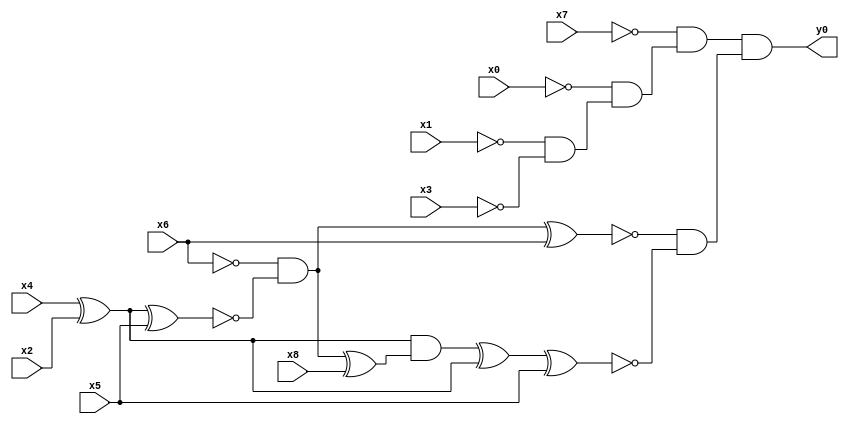
module top( x0 , x1 , x2 , x3 , x4 , x5 , x6 , x7 , x8 , y0 );
  input x0 , x1 , x2 , x3 , x4 , x5 , x6 , x7 , x8 ;
  output y0 ;
  wire n10 , n11 , n12 , n13 , n14 , n15 , n16 , n17 , n18 , n19 , n20 , n21 , n22 ;
  assign n10 = ~x1 & ~x3 ;
  assign n11 = ~x0 & n10 ;
  assign n12 = ~x7 & n11 ;
  assign n13 = x4 ^ x2 ;
  assign n14 = n13 ^ x5 ;
  assign n15 = ~x6 & ~n14 ;
  assign n16 = n15 ^ x6 ;
  assign n17 = n15 ^ x8 ;
  assign n18 = n13 & n17 ;
  assign n19 = n18 ^ n13 ;
  assign n20 = n19 ^ x5 ;
  assign n21 = ~n16 & ~n20 ;
  assign n22 = n12 & n21 ;
  assign y0 = n22 ;
endmodule